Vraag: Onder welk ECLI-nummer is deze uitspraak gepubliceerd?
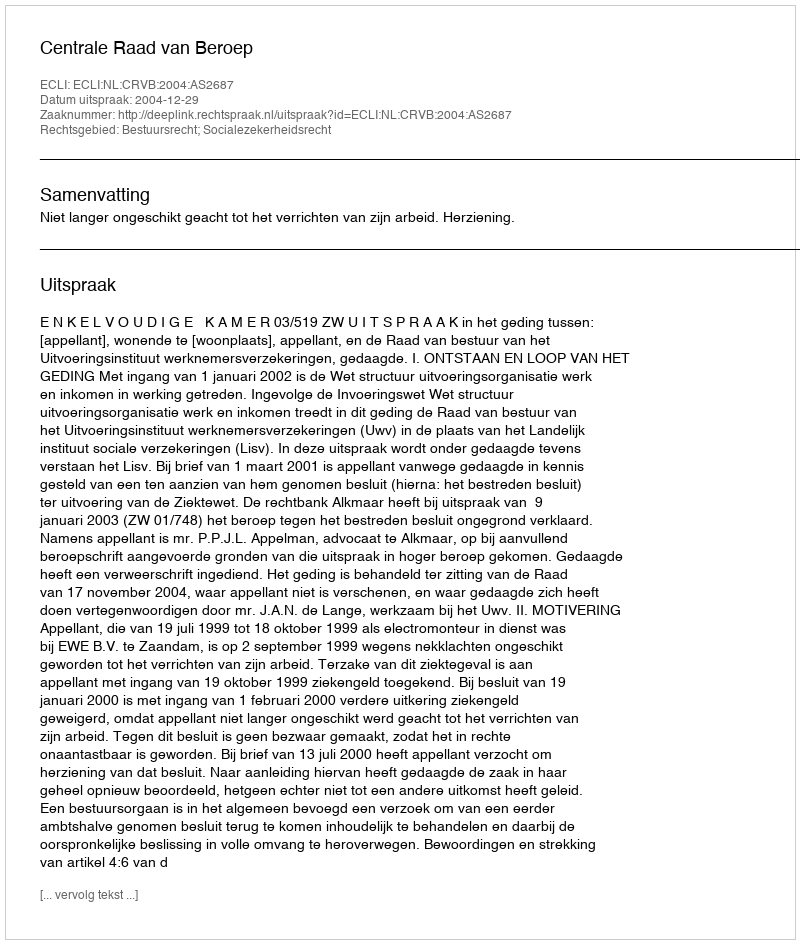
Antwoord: ECLI:NL:CRVB:2004:AS2687